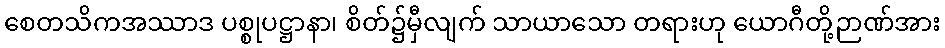
စေတသိကအဿာဒ ပစ္စုပဋ္ဌာနာ၊ စိတ်၌မှီလျက် သာယာသော တရားဟု ယောဂီတို့ဉာဏ်အား